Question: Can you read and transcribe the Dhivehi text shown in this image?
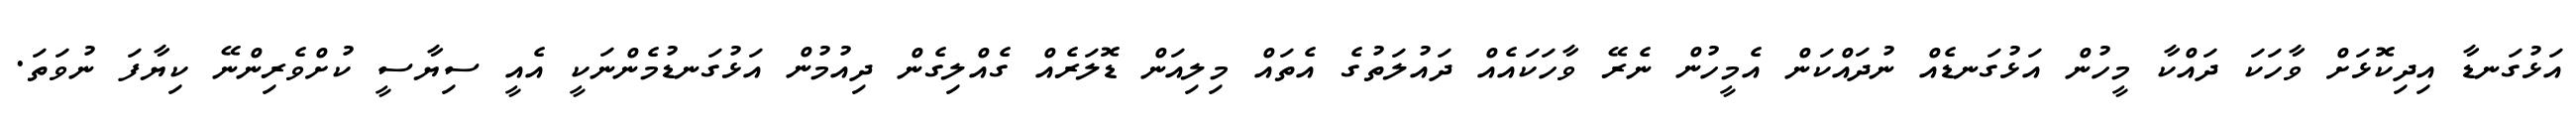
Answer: އަޅުގަނޑާ އިދިކޮޅަށް ވާހަކަ ދައްކާ މީހުން އަޅުގަނޑެއް ނުދައްކަން އެމީހުން ނެރޭ ވާހަކައެއް ދައުލަތުގެ އެތައް މިލިއަން ޑޮލަރެއް ގެއްލިގެން ދިއުމުން އަޅުގަނޑުމެންނަކީ އެއީ ސިޔާސީ ކުށްވެރިންނޭ ކިޔާފަ ނުވަތަ.